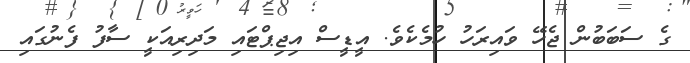
ގެ ސަބަބުން ޖެހޭ ވައިރަހު ހުމެކެވެ. އީޑީސް އިޖިޕްޓައި މަދިރިއަކީ ސާފު ފެނުގައި